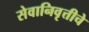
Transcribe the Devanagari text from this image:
सेवानिवृत्तीचे